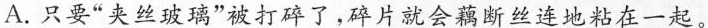
A.只要”夹丝玻璃”被打碎了，碎片就会藕断丝连地粘在一起。